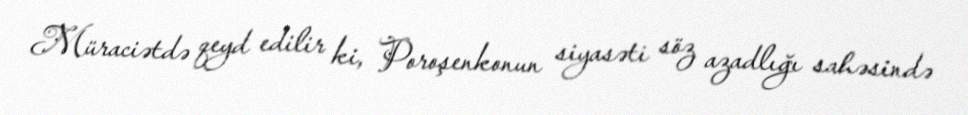
Müraciətdə qeyd edilir ki, Poroşenkonun siyasəti söz azadlığı sahəsində